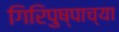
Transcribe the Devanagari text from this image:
गिरिपुष्पाच्या